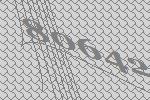
80642